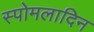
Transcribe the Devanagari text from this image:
स्पोमलादिन